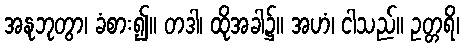
အနုဘုတွာ၊ ခံစား၍။ တဒါ၊ ထိုအခါ၌။ အဟံ၊ ငါသည်။ ဥတ္တရိ၊